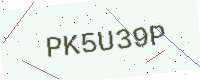
Text: PK5U39P